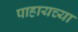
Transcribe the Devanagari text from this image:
पाहायच्या